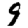
Digit: 9